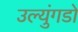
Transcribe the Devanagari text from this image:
उल्युंगडो